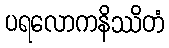
ပရလောကနိဿိတံ